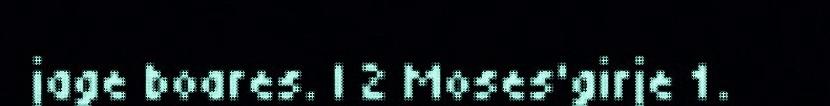
jage boares. | 2 Moses'girje 1.